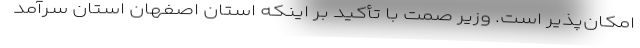
امکان‌پذیر است. وزیر صمت با تأکید بر اینکه استان اصفهان استان سرآمد